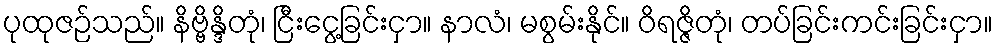
ပုထုဇဉ်သည်။ နိဗ္ဗိန္ဒိတုံ၊ ငြီးငွေ့ခြင်းငှာ။ နာလံ၊ မစွမ်းနိုင်။ ဝိရဇ္ဇိတုံ၊ တပ်ခြင်းကင်းခြင်းငှာ။